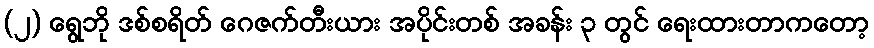
(၂) ရွေဘို ဒစ်စရိတ် ဂေဇက်တီးယား အပိုင်းတစ် အခန်း ၃ တွင် ရေးထားတာကတော့